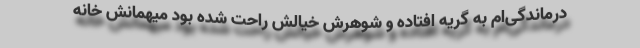
درماندگی‌ام به گریه افتاده و شوهرش خیالش راحت شده بود میهمانش خانه